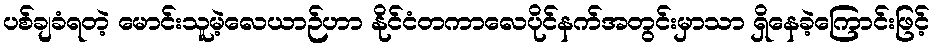
ပစ်ချခံရတဲ့ မောင်းသူမဲ့လေယာဉ်ဟာ နိုင်ငံတကာလေပိုင်နက်အတွင်းမှာသာ ရှိနေခဲ့ကြောင်းဖြင့်